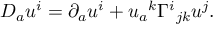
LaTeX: D _ { a } u ^ { i } = \partial _ { a } u ^ { i } + u _ { a } { } ^ { k } \Gamma ^ { i } { } _ { j k } u ^ { j } .